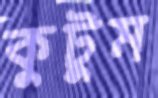
কুটুম